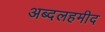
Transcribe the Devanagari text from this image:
अब्दलहमीद